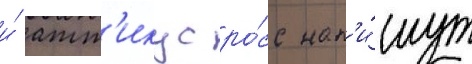
и́ атт'икус ро́сс нап'и́шут